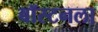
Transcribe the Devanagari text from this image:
बॉस्टनला